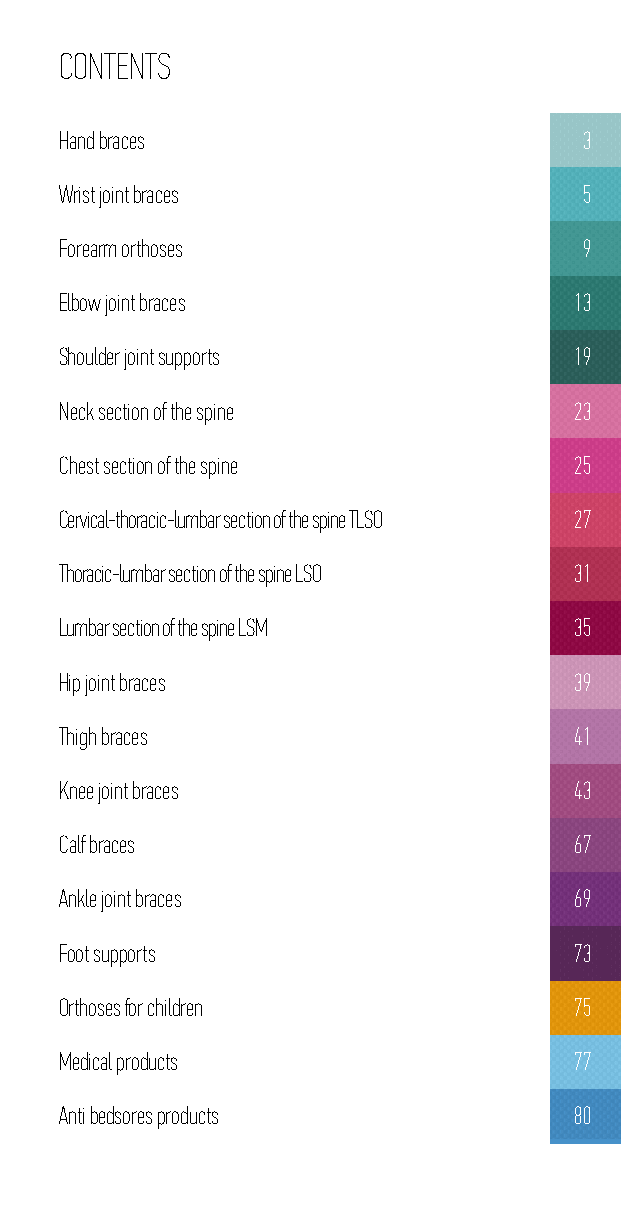
CONTENTS
 Hand braces                        3
 Wrist joint braces                 5
 Forearm orthoses                   9
 Elbow joint braces                13
 Shoulder joint supports           19
 Neck section of the spine         23
 Chest section of the spine        25
 Cervical-thoracic-lumbar section of the spine TLSO 27
 Thoracic-lumbar section of the spine LSO 31
 Lumbar section of the spine LSM   35
 Hip joint braces                  39
 Thigh braces                      41
 Knee joint braces                 43
 Calf braces                       67
 Ankle joint braces                69
 Foot supports                     73
 Orthoses for children             75
 Medical products                  77
 Anti bedsores products            80